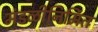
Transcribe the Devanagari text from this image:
मंडळीनिर्मित